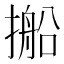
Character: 𪮥